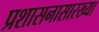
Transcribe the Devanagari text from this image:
प्रशासनासारख्या